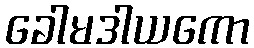
ခေါမဒါယကော